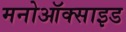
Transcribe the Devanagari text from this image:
मनोऑक्‍साइड